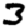
Digit: 3